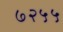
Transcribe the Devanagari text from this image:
७२५५